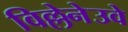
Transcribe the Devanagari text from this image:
विल्लेनेउवे